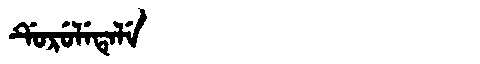
Manchu: ᡩᡠᡵᡠᠯᡝᡨᡝᠯᡝ
Romanization: DURULETELE